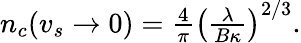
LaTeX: \begin{array}{r}{n_{c}(v_{s}\to 0)=\frac{4}{\pi}\left(\frac{\lambda}{B\kappa}\right)^{2/3}.}\end{array}